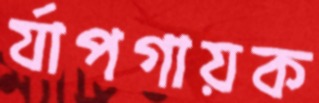
র্যাপগায়ক